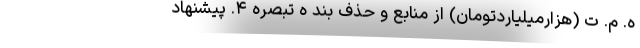
ه. م. ت (هزارمیلیاردتومان) از منابع و حذف بند ه تبصره ۴. پیشنهاد